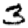
Digit: 3